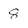
Character: 8